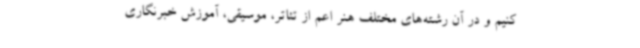
کنیم و در آن رشته‌های مختلف هنر اعم از تئاتر، موسیقی، آموزش خبرنگاری